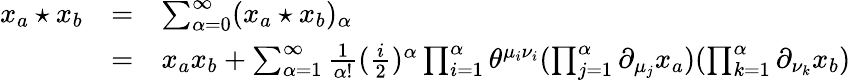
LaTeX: \begin{array}{lcl}{{x_{a}\star x_{b}}}&{{=}}&{{\sum_{\alpha=0}^{\infty}(x_{a}\star x_{b})_{\alpha}}}\\ {{}}&{{=}}&{{x_{a}x_{b}+\sum_{{\alpha}=1}^{\infty}\frac{1}{\alpha!}(\frac{i}{2})^{\alpha}\prod_{i=1}^{\alpha}\theta^{\mu_{i}\nu_{i}}(\prod_{j=1}^{\alpha}\partial_{\mu_{j}}x_{a})(\prod_{k=1}^{\alpha}\partial_{\nu_{k}}x_{b})}}\end{array}